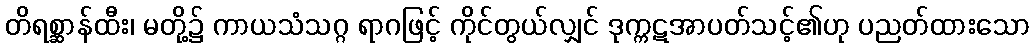
တိရစ္ဆာန်ထီး၊ မတို့၌ ကာယသံသဂ္ဂ ရာဂဖြင့် ကိုင်တွယ်လျှင် ဒုက္ကဋအာပတ်သင့်၏ဟု ပညတ်ထားသော